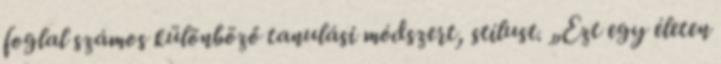
foglal számos különböző tanulási módszert, stílust. „Ezt egy életen